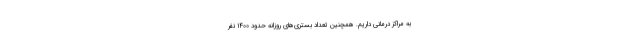
به مراکز درمانی داریم. همچنین تعداد بستری‌های روزانه حدود ۱۴۰۰ نفر